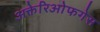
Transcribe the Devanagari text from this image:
अक्तेरिओफगेस